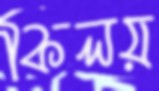
কিলয়